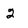
Character: 2